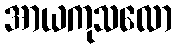
အာယကုသလော